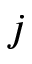
j